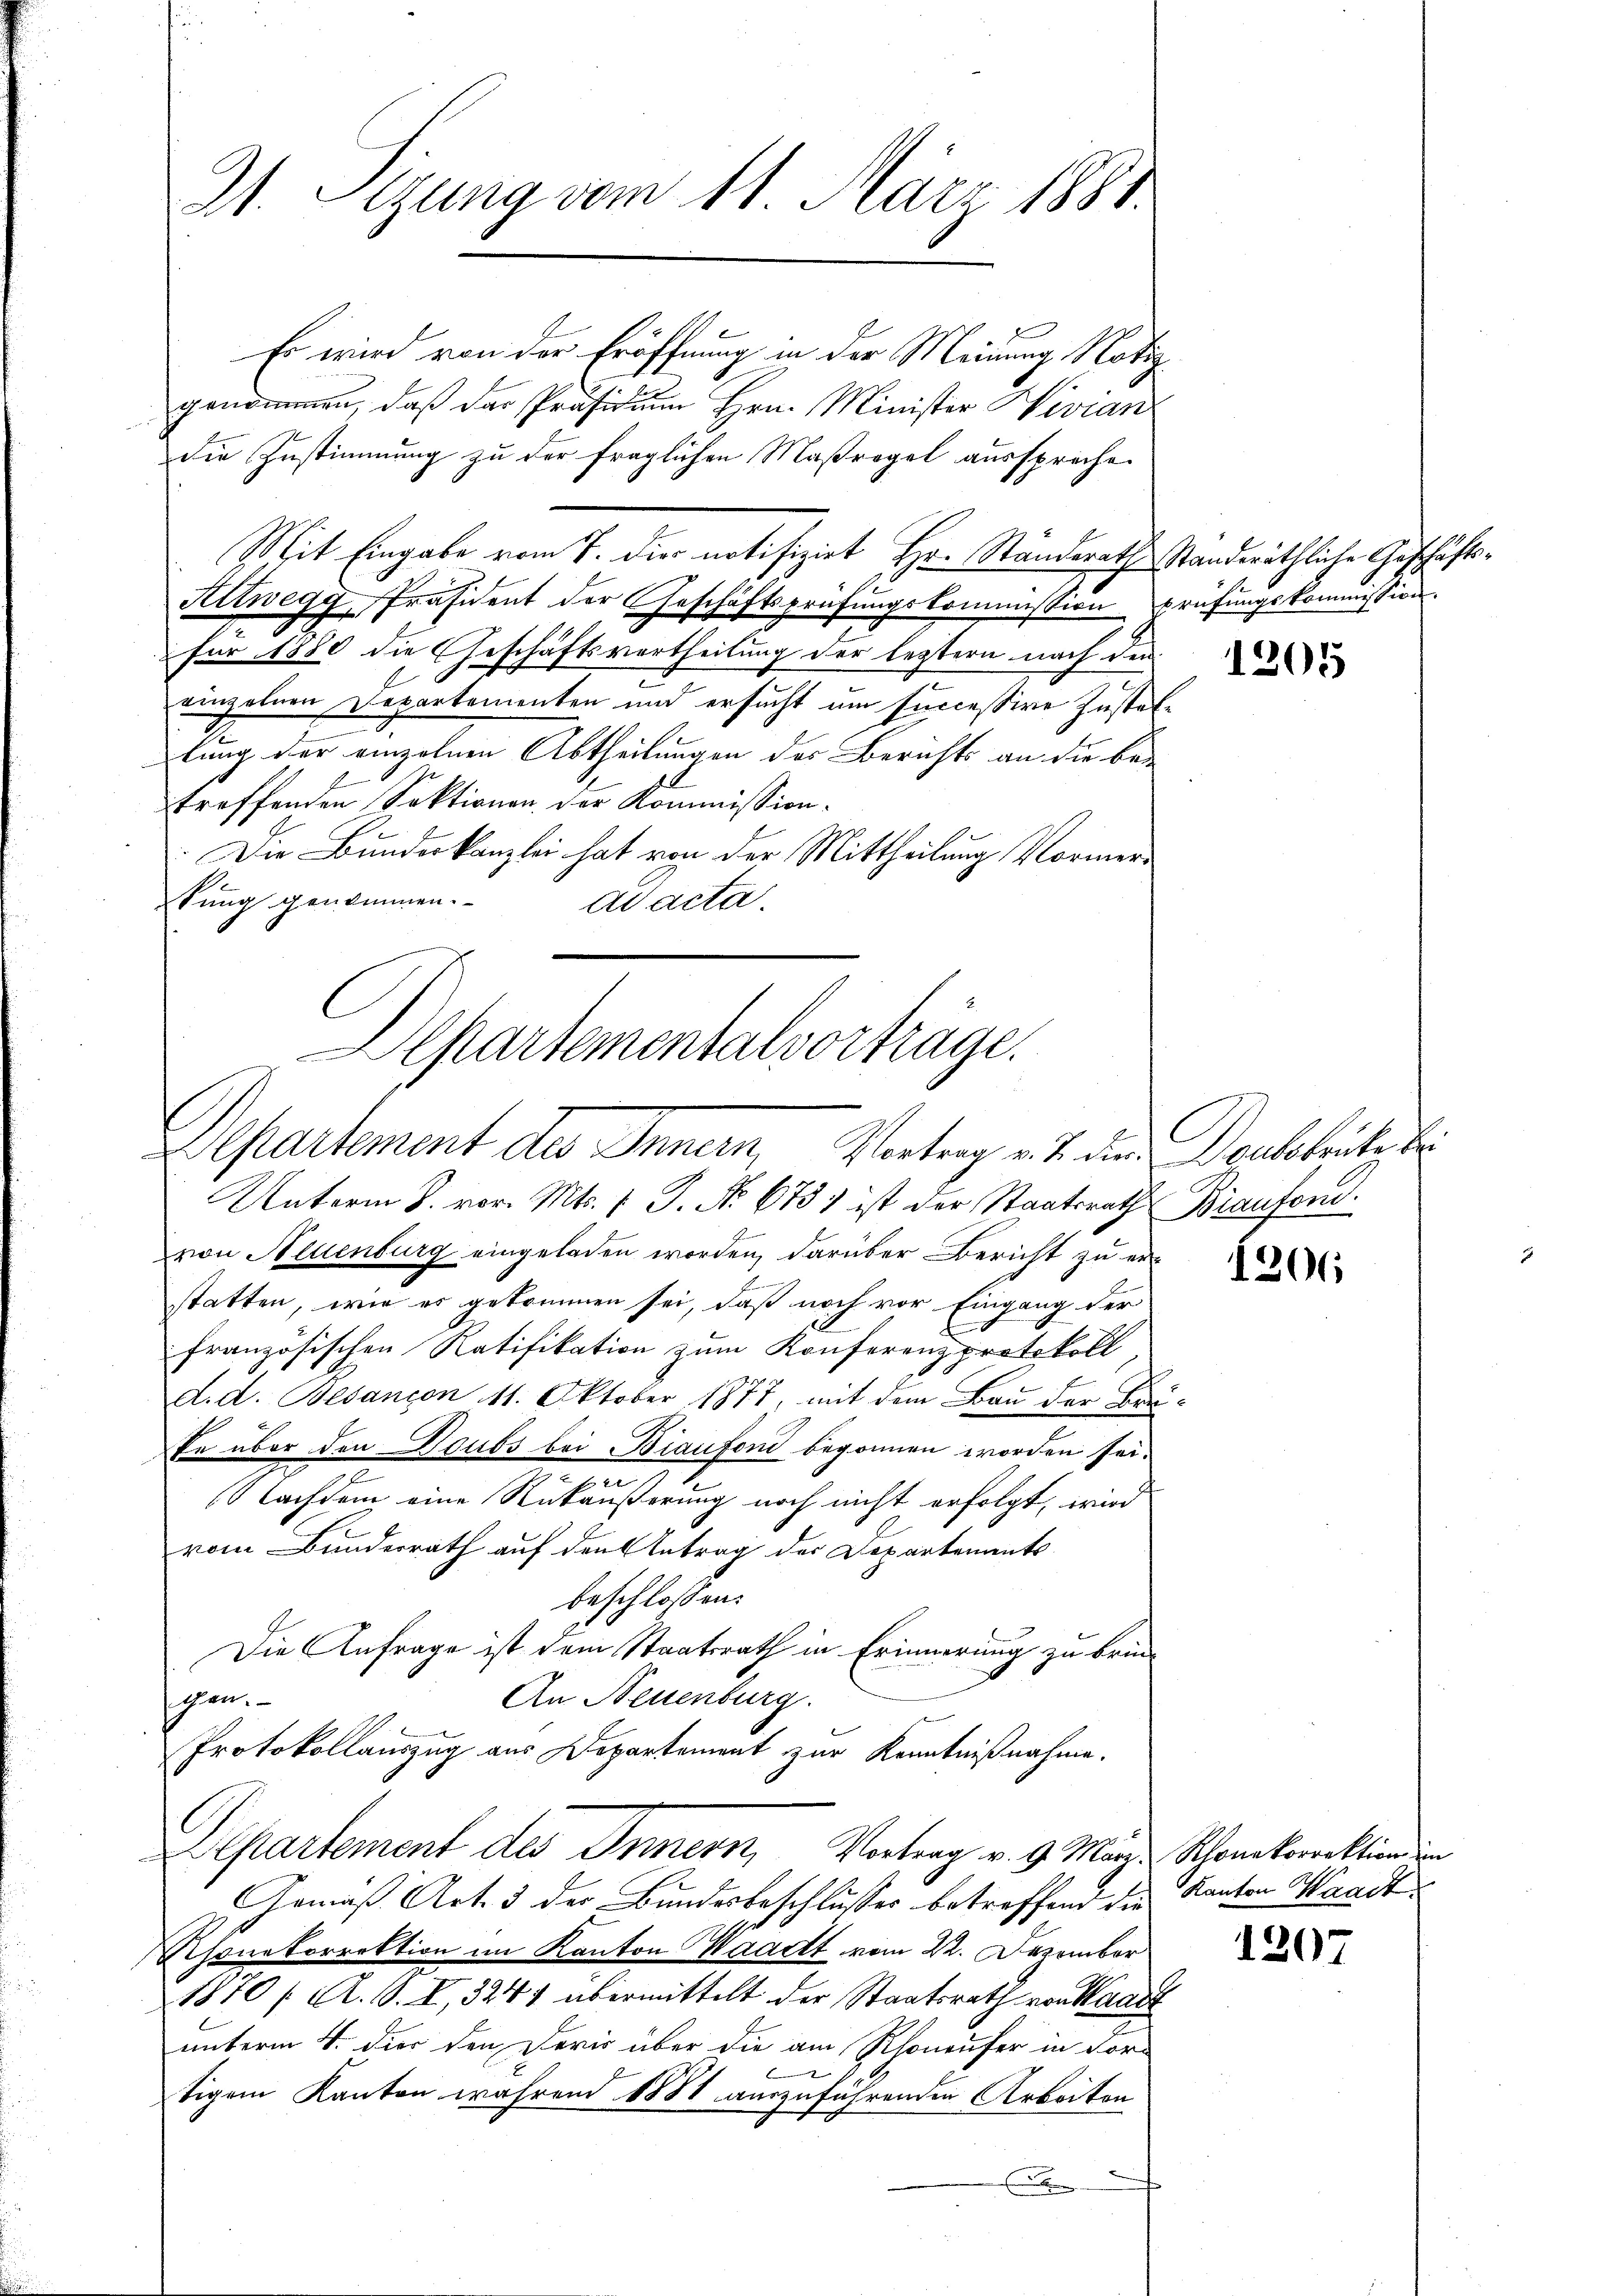
Es wird von der Eröffnung in der Meinung Notiz
genommen, daß das Präsidium Hrn. Minister Wevian
die Zustimmung zu der fraglichen Maßregel ausspreche.
Mit Eingabe vom 7. die notifizirt Hr. Standerath Standeräthliche Geschäfts¬
Altwegg, Präsident der Geschäftsprüfungskommission prüfungskommission.
für 1880 die Geschäftsvortheilung der leztern nach den
einzelnen Departementen und ersucht um successive Zustellung der einzelnen Abtheilungen des Berichts an die be-
treffenden Sektionen der Kommission.
Die Bundeskanzlei hat von der Mittheilung Vormertung genommen.
ad acta.
Departementalverträge.

31. Sizung vom 11. März 1881.

von Neuenburg eingeladen worden, darüber Bericht zu erstatten, wie es gekommen sei, daß noch vor Eingang der
französischen Ratifikation zum Konferenzprotokoll,
d. d. Besançon 11. Oktober 1877, mit dem Bau der Bru¬
Ee über den Doubs bei Biaufond begonnen worden sei.
zu
Nachdem eine Rükäußerung noch nicht erfolgt, wird
vom Bunderrath auf den Antrag des Departenants
beschlossen:
Die Anfrage ist dem Staatsrath in Erinnerung zu brin-
An Neuenburg.
gen.
Protokollauszug aus Departement zur Kenntnißnahme.
Departement des Innern, Vortrag v. 9. März Schonkorrektion in
Gemäß Art. 3 der Bundesbeschlusses betreffend die Kanton Waadt
Rhonekorrektion im Kanton Waadt vom 22. Dezember
1870 / A. S. I, 324 übermittelt der Staatsrath von Waadt
unterm 4. der den Devis über die am Rhoneufer in For-
8
tigem Kanton während 1881 auszuführenden Arbeiten

Departement des Innern, Vortrag v. J. die Baulokrute bei
Unterm 2. vor. Mts. 1 S. Nr. 673) ist der Staatsrath Braufend.

1205

1206

1207